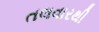
તલવારથી